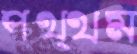
পথ্থম